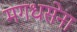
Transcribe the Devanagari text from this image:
मगधसेना